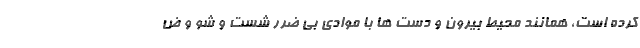
کرده است، همانند محیط بیرون و دست ها با موادی بی ضرر شست و شو و ض